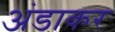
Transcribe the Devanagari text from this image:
अंडाकर